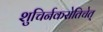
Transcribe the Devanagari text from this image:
शुचिर्नकरोतिचेत्